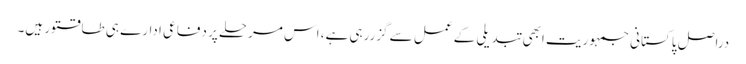
دراصل پاکستانی جمہوریت ابھی تبدیلی کے عمل سے گزررہی ہے، اس مرحلے پر دفاعی ادارے ہی طاقتور ہیں۔